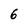
Character: 6